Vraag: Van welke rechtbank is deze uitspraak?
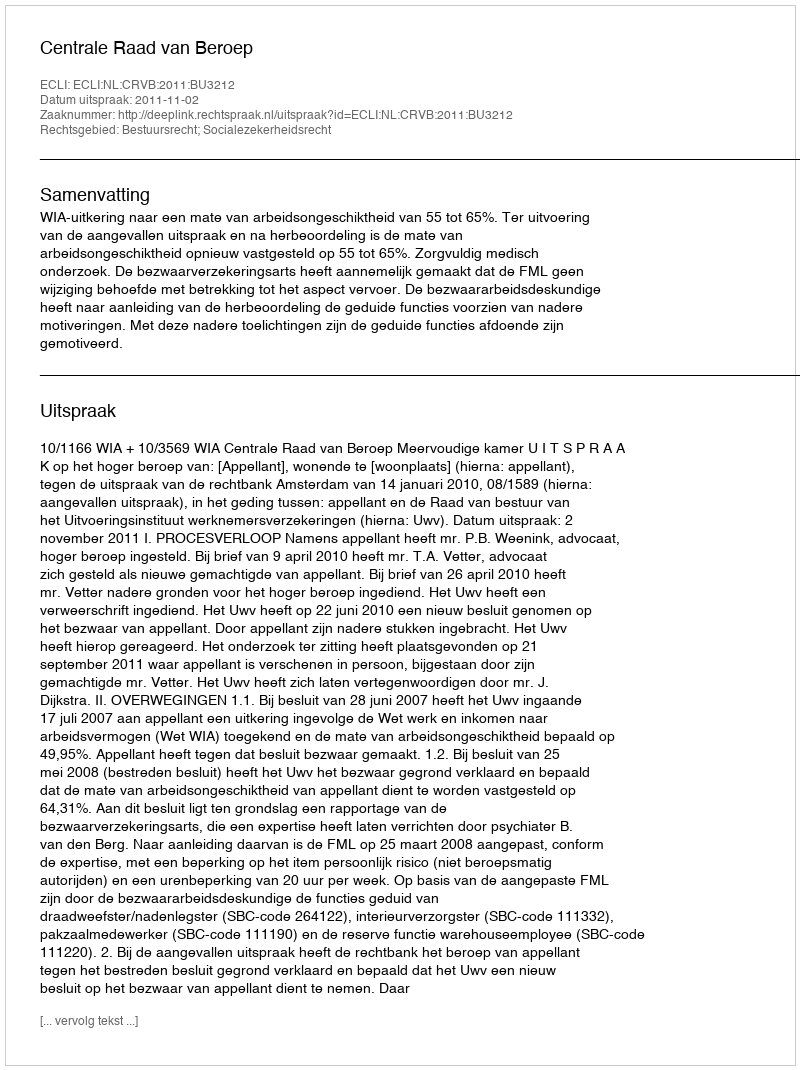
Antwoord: Centrale Raad van Beroep